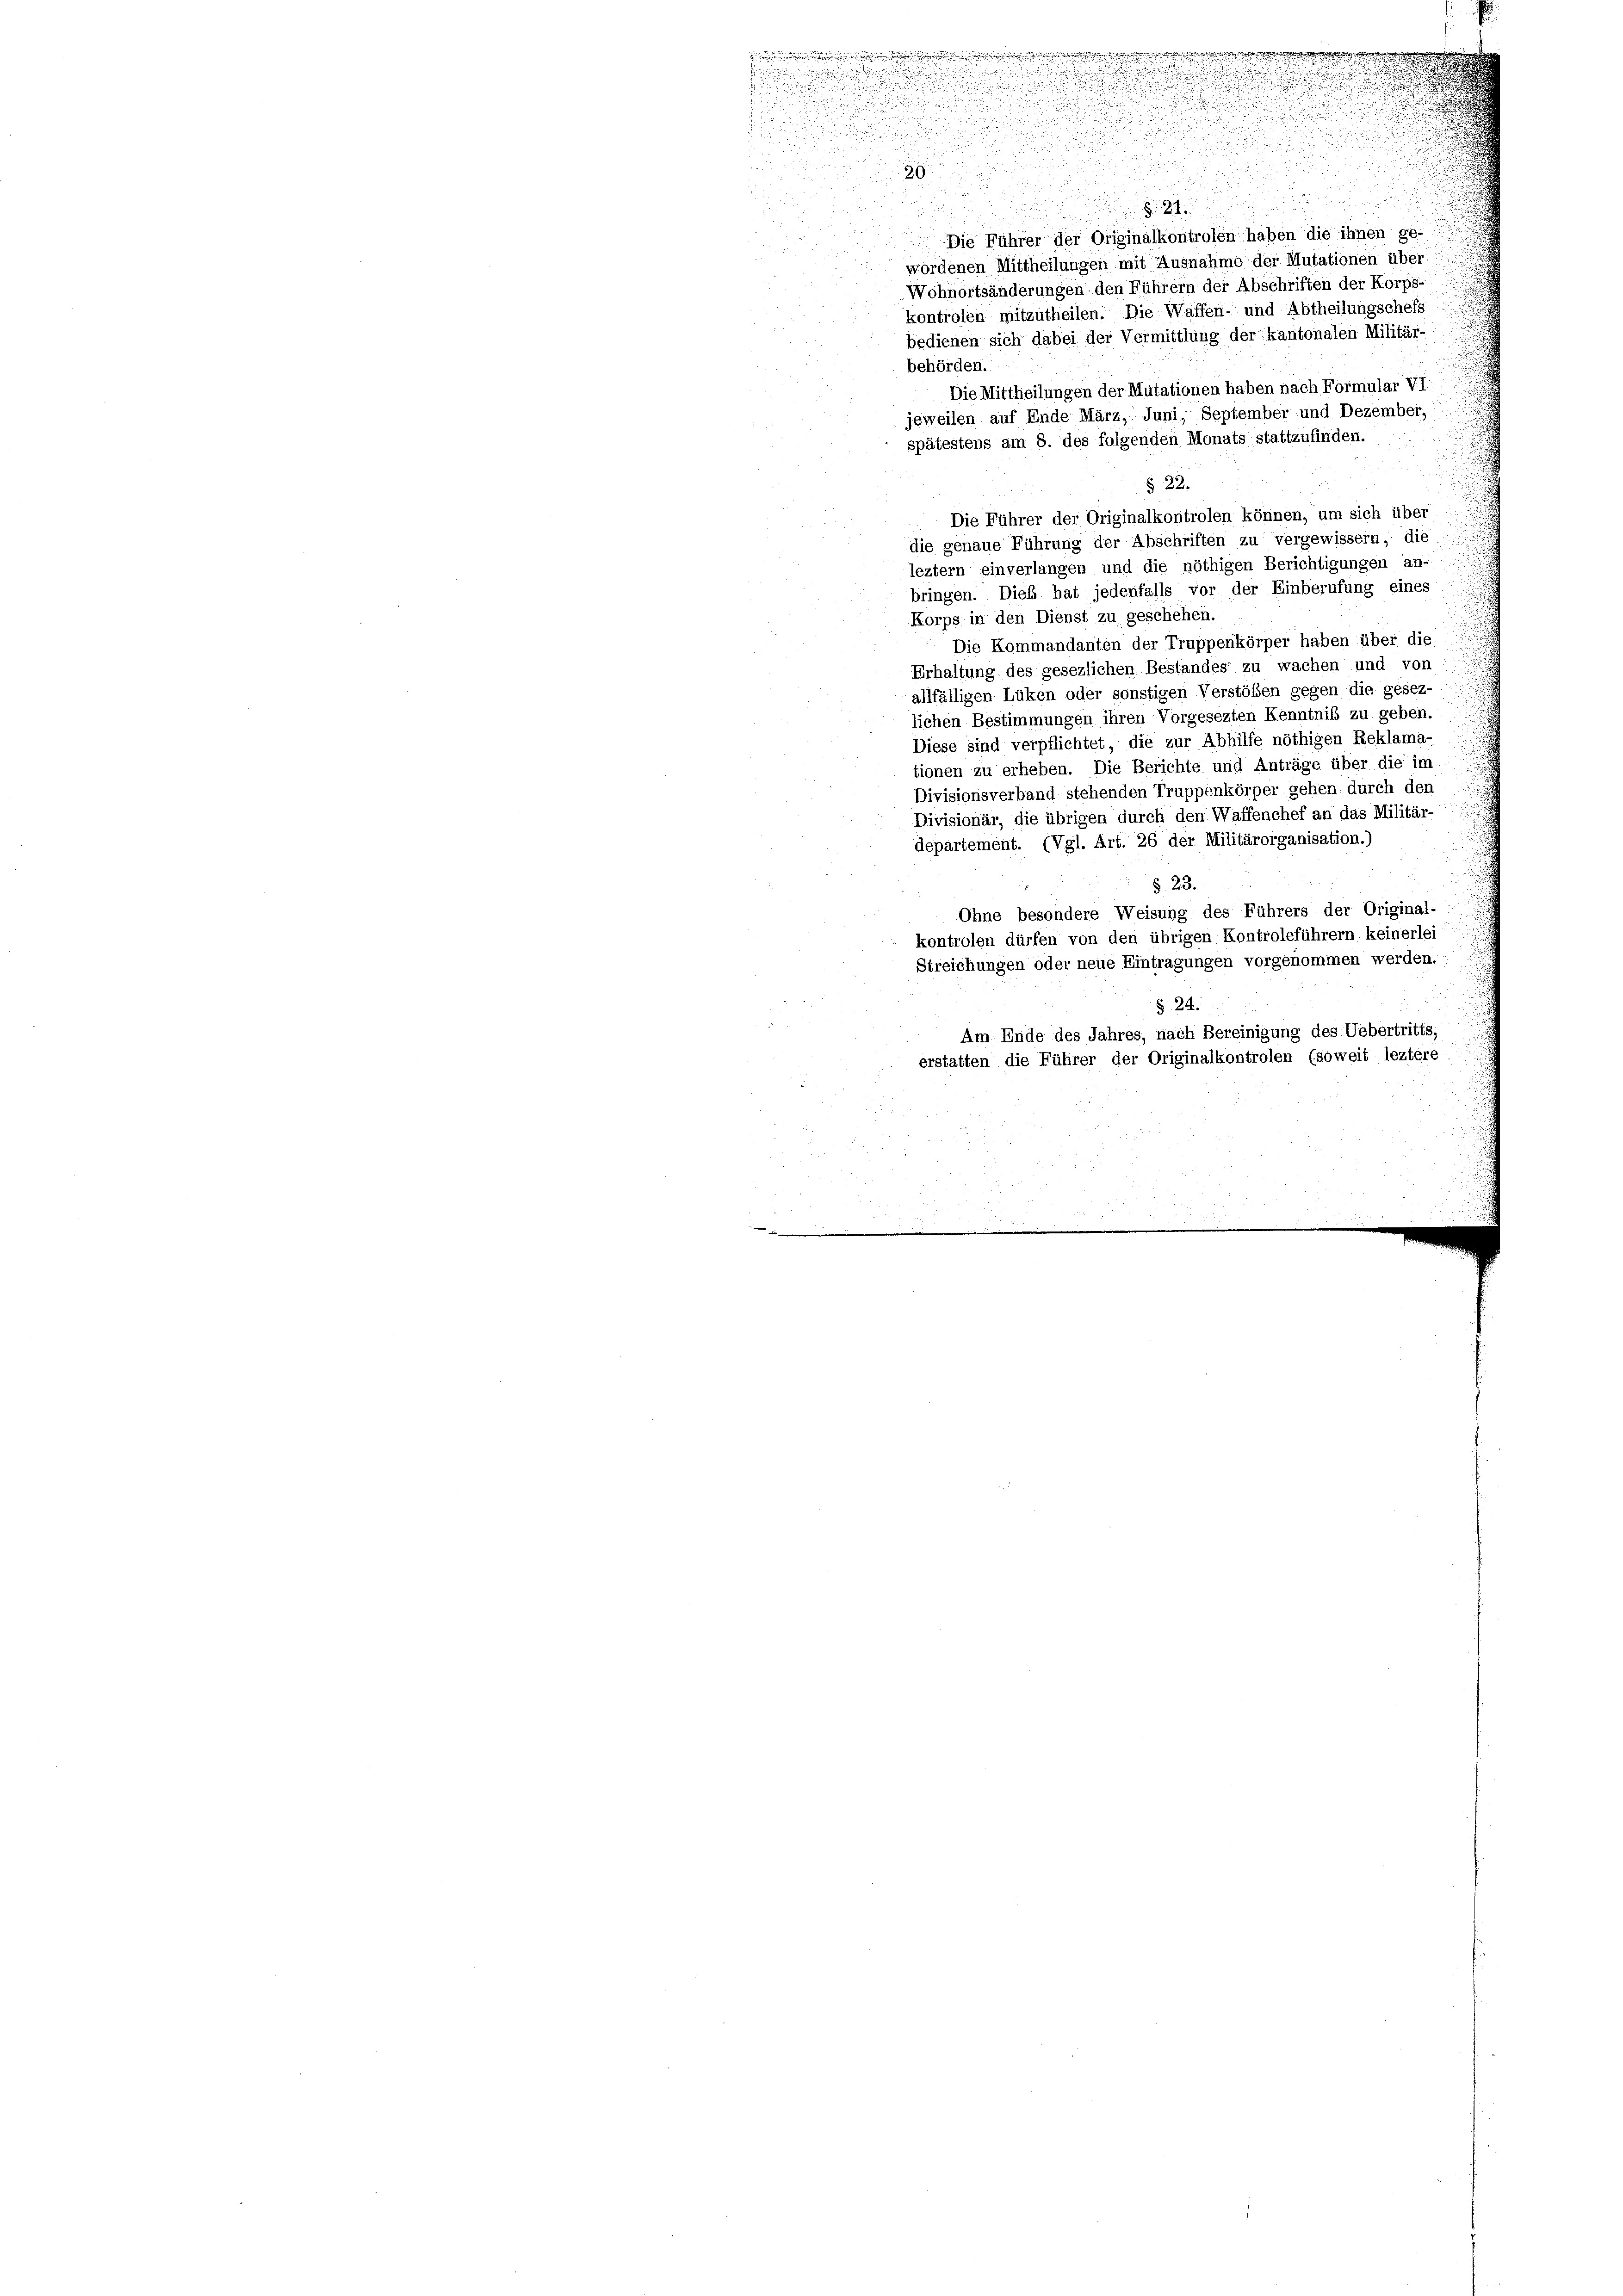
e

u

u
.

.
e

u

d

u
nu
2
u

§. 24
c
Die Führer der Originalkontrolen haben die ihnen ge-
u
wordenen Mittheilungen mit Ausnahme der Mutationen über
Wohnortsänderungen den Führern der Abschriften der Korpo-
kontrolen mitzutheilen. Die Waffen- und Abtheilungschefs
bedienen sich dabei der Vermittlung der kantonalen Militär-
behörden.
Die Mittheilungen der Mutationen haben nach Formular VI
jeweilen auf Ende März, Juni, September und Dezember,
spätestens am 8. des folgenden Monats stattzufinden.
u
§ 22.
Die Führer der Originalkontrolen können, um sich über
die genaue Führung der Abschriften zu vergewissern, die
leztem einverlangen und die nöthigen Berichtigungen an-
bringen. Dies hat jedenfalls vor der Einberufung eines
Korps in den Dienst zu geschehen.
Die Kommandanten der Truppenkörper haben über die
Erhaltung des gesezlichen Bestandes zu wachen und von
allfälligen Lüken oder sonstigen Verstößen gegen die gesez-
lichen Bestimmungen ihren Vorgesezten Kenntniß zu geben.
Diese sind verpflichtet, die zur Abhilfe nöthigen Reklama-
tionen zu erheben. Die Berichte und Anträge über die im
Divisionsverband stehenden Truppenkörper gehen, durch den
Divisionär, die übrigen durch den Waffenchef an das Militär-
departement. (Vgl. Art. 26 der Militärorganisation.)
§. 23.
Ohne besondere Weisung des Führers der Original-
kontrolen dürfen von den übrigen Kontroleführern keinerlei
Streichungen oder neue Eintragungen vorgenommen werden.
§ 24.
Am Ende des Jahres, nach Bereinigung des Uebertritts,
erstatten die Führer der Originalkontrolen (soweit leztere
.
.